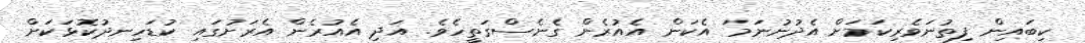
ކިބައިން ފިތުނަވެރިކަމަށް އެދުނުނަމަ އެކަން އެއުރެން ގެނެސްގަތީހެވެ. އަދި އެއުރެން އެރަށުގައި ކުޑަހިނދުކޮޅަކަށް